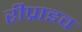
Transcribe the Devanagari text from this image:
रीप्राइव